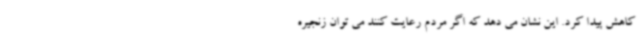
کاهش پیدا کرد. این نشان می دهد که اگر مردم رعایت کنند می توان زنجیره